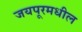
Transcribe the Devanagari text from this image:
जयपूरमधील